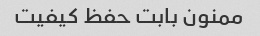
ممنون بابت حفظ کیفیت